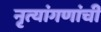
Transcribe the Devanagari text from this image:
नृत्यांगणांची